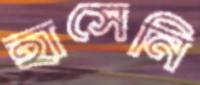
হাসেনি